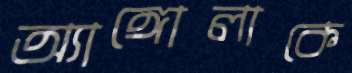
অ্যাঙ্গোলাকে